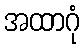
အထာဂုံ